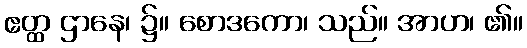
ဧတ္ထ ဌာနေ၊ ၌။ စောဒကော၊ သည်။ အာဟ၊ ၏။